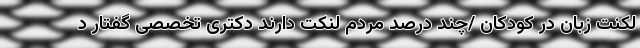
لکنت زبان در کودکان /چند درصد مردم لنکت دارند دکتری تخصصی گفتار د